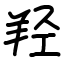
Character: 羟